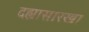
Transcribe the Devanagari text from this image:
दह्यासारखा